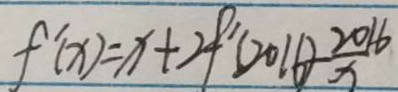
f ^ { \prime } ( x ) = x + 2 f ^ { \prime } ( 2 0 1 6 ) \frac { 2 0 1 6 } { x }